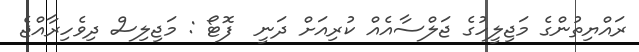
ރައްޔިތުންގެ މަޖިލީހުގެ ޖަލްސާއެއް ކުރިއަށް ދަނީ  ފޮޓޯ : މަޖިލިސް ދިވެހިރާއްޖެ